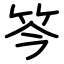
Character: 笒